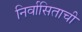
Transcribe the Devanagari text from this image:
निर्वासिताची